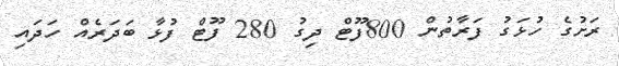
ރަށުގެ ހުޅަގު ފަރާތުން 800ފޫޓް ދިގު 280 ފޫޓް ފުޅާ ބަދަރެއް ހަދައި